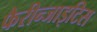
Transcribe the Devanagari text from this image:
फैरीन्जाइटिस